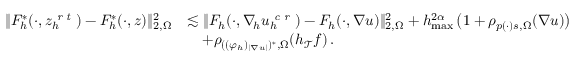
\begin{array} { r l } { \| F _ { h } ^ { * } ( \cdot , z _ { h } ^ { \textit { r t } } ) - F _ { h } ^ { * } ( \cdot , z ) \| _ { 2 , \Omega } ^ { 2 } } & { \lesssim \| F _ { h } ( \cdot , \nabla _ { \! h } u _ { h } ^ { \textit { c r } } ) - F _ { h } ( \cdot , \nabla u ) \| _ { 2 , \Omega } ^ { 2 } + h _ { \operatorname* { m a x } } ^ { 2 \alpha } \, \big ( 1 + \rho _ { p ( \cdot ) s , \Omega } ( \nabla u ) \big ) } \\ & { \quad + \rho _ { ( ( \varphi _ { h } ) _ { \smash { \vert \nabla u \vert } } ) ^ { * } , \Omega } ( h _ { \mathcal { T } } f ) \, . } \end{array}